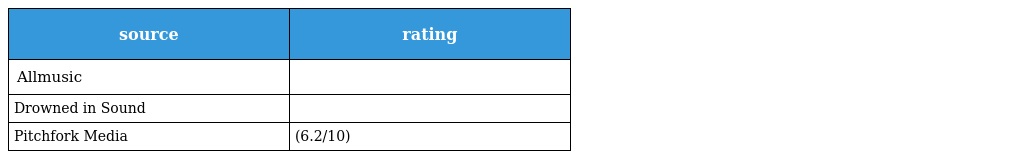
| source | rating |
 | --- | --- |
 | Allmusic |  |
 | Drowned in Sound |  |
 | Pitchfork Media | (6.2/10) |